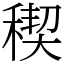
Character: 稧